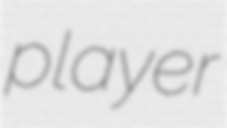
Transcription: player